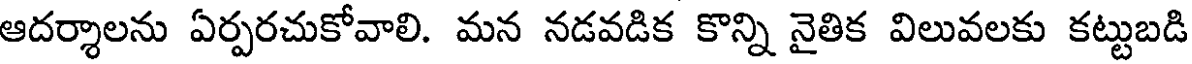
ఆదర్శాలను ఏర్పరచుకోవాలి. మన నడవడిక కొన్ని నైతిక విలువలకు కట్టుబడి